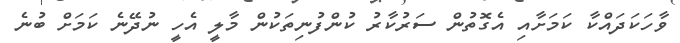
ވާހަކަދައްކާ ކަމަށާއި އެގޮތުން ސަރުކާރު ކުންފުނިތަކުން މާލީ އެހީ ނުދޭނެ ކަމަށް ބުނެ